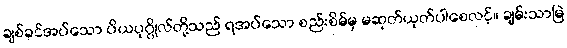
ချစ်ခင်အပ်သော ပိယပုဂ္ဂိုလ်တို့သည် ရအပ်သော စည်းစိမ်မှ မဆုတ်ယုတ်ပါစေလင့်။ ချမ်းသာမြဲ